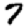
Digit: 7